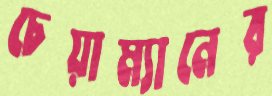
চেয়াম্যানের